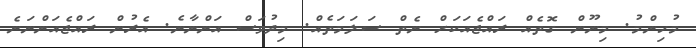
މުހިންމު. މިނޫން ގޮތެއް ރައްޖެއަކަށް ނެތް ސަލަމަތެއް. މިދުވަސް އަންނާނެ. އެރުން ރައްޖެއަންނަނެ